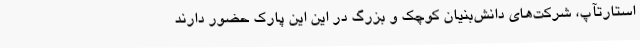
استارتآپ، شرکت‌های دانش‌بنیان کوچک و بزرگ در این این پارک حضور دارند